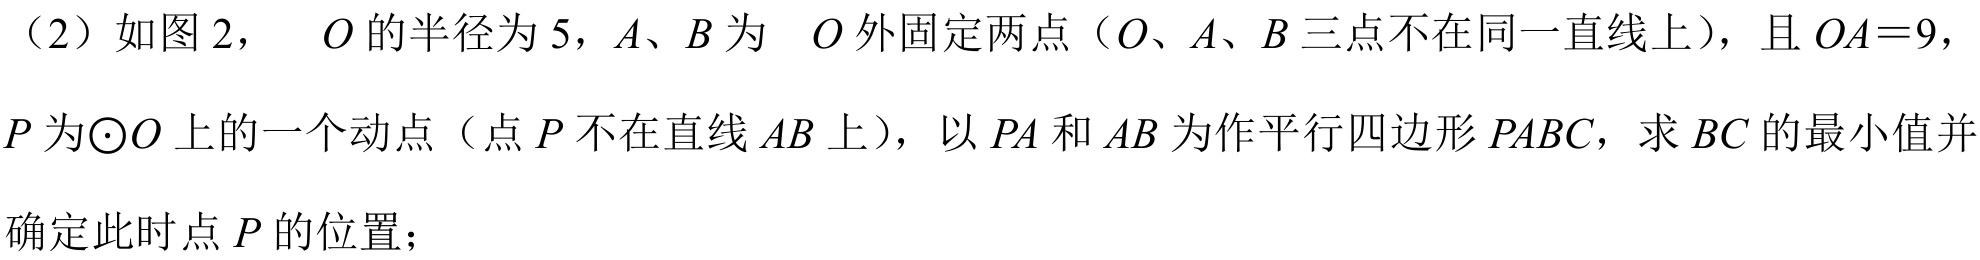
（2）如图2，\(\odot O\)的半径为\(5\)，\(A\)、\(B\)为\(\odot O\)外固定两点（\(O\)、\(A\)、\(B\)三点不在同一直线上），且\(OA = 9\)，\(P\)为\(\odot O\)上的一个动点（点\(P\)不在直线\(AB\)上），以\(PA\)和\(AB\)为作平行四边形\(PABC\)，求\(BC\)的最小值并确定此时点\(P\)的位置；